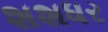
શશધર